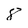
Character: 8